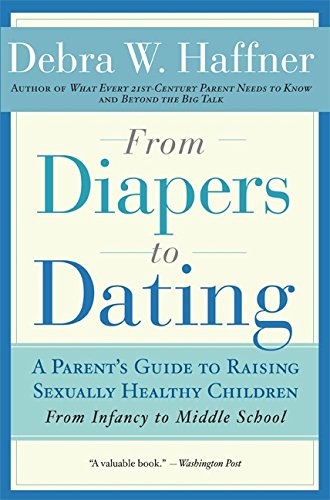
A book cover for From Diapers to Dating: A Parent's Guide to Raising Sexually Healthy Children - From Infancy to Middle School; Debra W. Haffner; Parenting & Relationships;